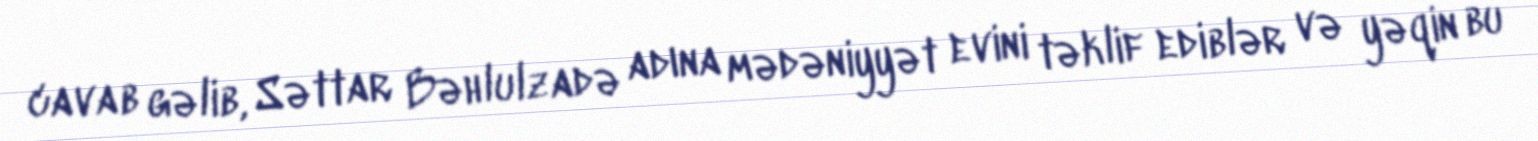
cavab gəlib, Səttar Bəhlulzadə adına mədəniyyət evini təklif ediblər və yəqin bu